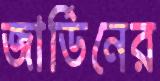
জার্ডিনের